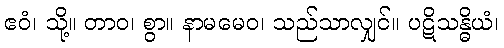
ဧဝံ၊ သို့။ တာဝ၊ စွာ။ နာမမေဝ၊ သည်သာလျှင်။ ပဋိသန္ဓိယံ၊